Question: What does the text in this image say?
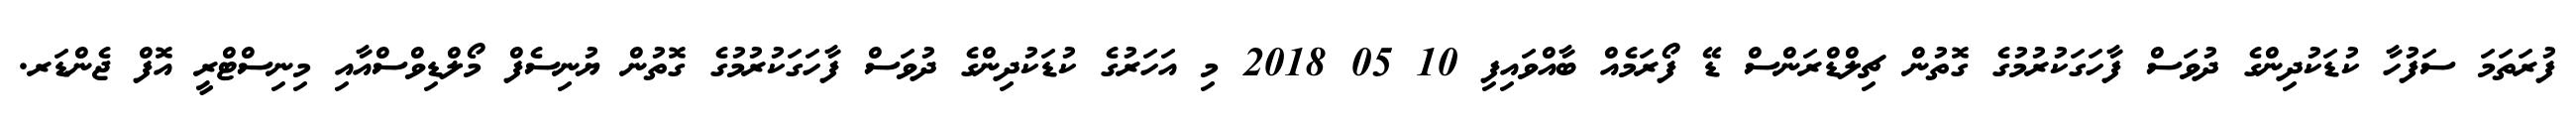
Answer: ފުރަތަމަ ސަފުހާ ކުޑަކުދިންގެ ދުވަސް ފާހަގަކުރުމުގެ ގޮތުން ޗިލްޑްރަންސް ޑޭ ފޯރަމެއް ބާއްވައިފި 10 05 2018 މި އަހަރުގެ ކުޑަކުދިންގެ ދުވަސް ފާހަގަކުރުމުގެ ގޮތުން ޔުނިސެފް މޯލްޑިވްސްއާއި މިނިސްޓްރީ އޮފް ޖެންޑަރ.